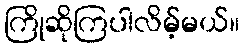
ကြိုဆိုကြပါလိမ့်မယ်။